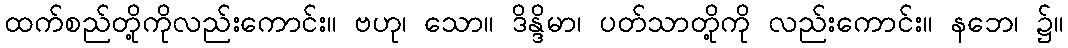
ထက်စည်တို့ကိုလည်းကောင်း။ ဗဟု၊ သော။ ဒိန္ဒိမာ၊ ပတ်သာတို့ကို လည်းကောင်း။ နဘေ၊ ၌။